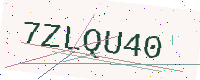
Text: 7ZLQU40